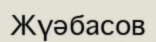
Жүәбасов